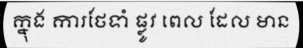
ក្នុង ការថែទាំ ផ្លូវ ពេល ដែល មាន